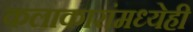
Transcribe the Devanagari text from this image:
कलाकारांमध्येही